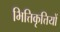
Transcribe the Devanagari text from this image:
भित्तिकृत्तियों